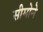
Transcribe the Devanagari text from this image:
सीमोने